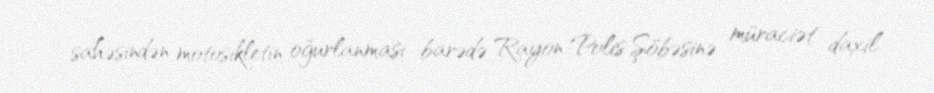
sahəsindən motosikletin oğurlanması barədə Rayon Polis Şöbəsinə müraciət daxil